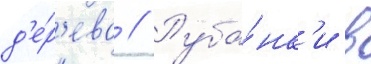
д'е́р'ева // Руба́нк'и в